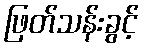
ဖြတ်သန်းခွင့်